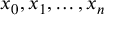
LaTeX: x _ { 0 } , x _ { 1 } , \dotsc , x _ { n }